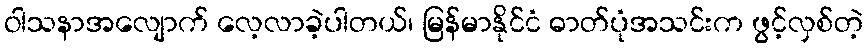
ဝါသနာအလျောက် လေ့လာခဲ့ပါတယ်၊ မြန်မာနိုင်ငံ ဓာတ်ပုံအသင်းက ဖွင့်လှစ်တဲ့